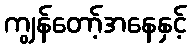
ကျွန်တော့်အနေနှင့်